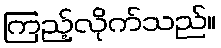
ကြည့်လိုက်သည်။